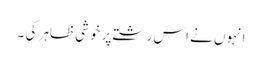
انہوں نے اس رشتے پر خوشی ظاہر کی ۔